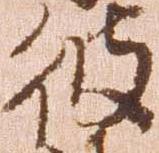
彼